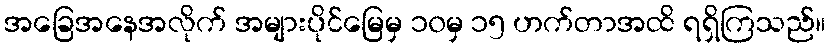
အခြေအနေအလိုက် အများပိုင်မြေမှ ၁၀မှ ၁၅ ဟက်တာအထိ ရရှိကြသည်။